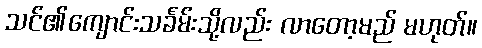
သင်၏ကျောင်းသင်္ခမ်းသို့လည်း လာတော့မည် မဟုတ်။